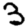
Digit: 3